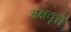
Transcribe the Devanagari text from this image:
अक्षवृत्ते